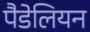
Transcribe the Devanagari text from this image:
पैडेलियन